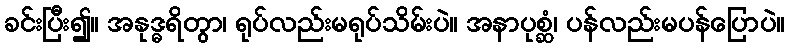
ခင်းပြီး၍။ အနုဒ္ဓရိတွာ၊ ရုပ်လည်းမရုပ်သိမ်းပဲ။ အနာပုစ္ဆံ၊ ပန်လည်းမပန်ပြောပဲ။